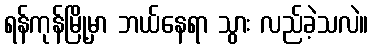
ရန်ကုန်မြို့မှာ ဘယ်နေရာ သွား လည်ခဲ့သလဲ။